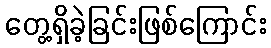
တွေ့ရှိခဲ့ခြင်းဖြစ်ကြောင်း